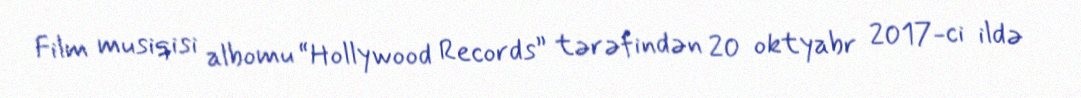
Film musiqisi albomu “Hollywood Records” tərəfindən 20 oktyabr 2017-ci ildə